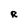
Character: R